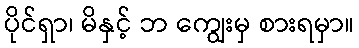
ပိုင်ရှာ၊ မိနှင့် ဘ ကျွေးမှ စားရမှာ။